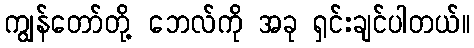
ကျွန်တော်တို့ ဘေလ်ကို အခု ရှင်းချင်ပါတယ်။